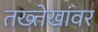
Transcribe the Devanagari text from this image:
तख्त्तेखांवर